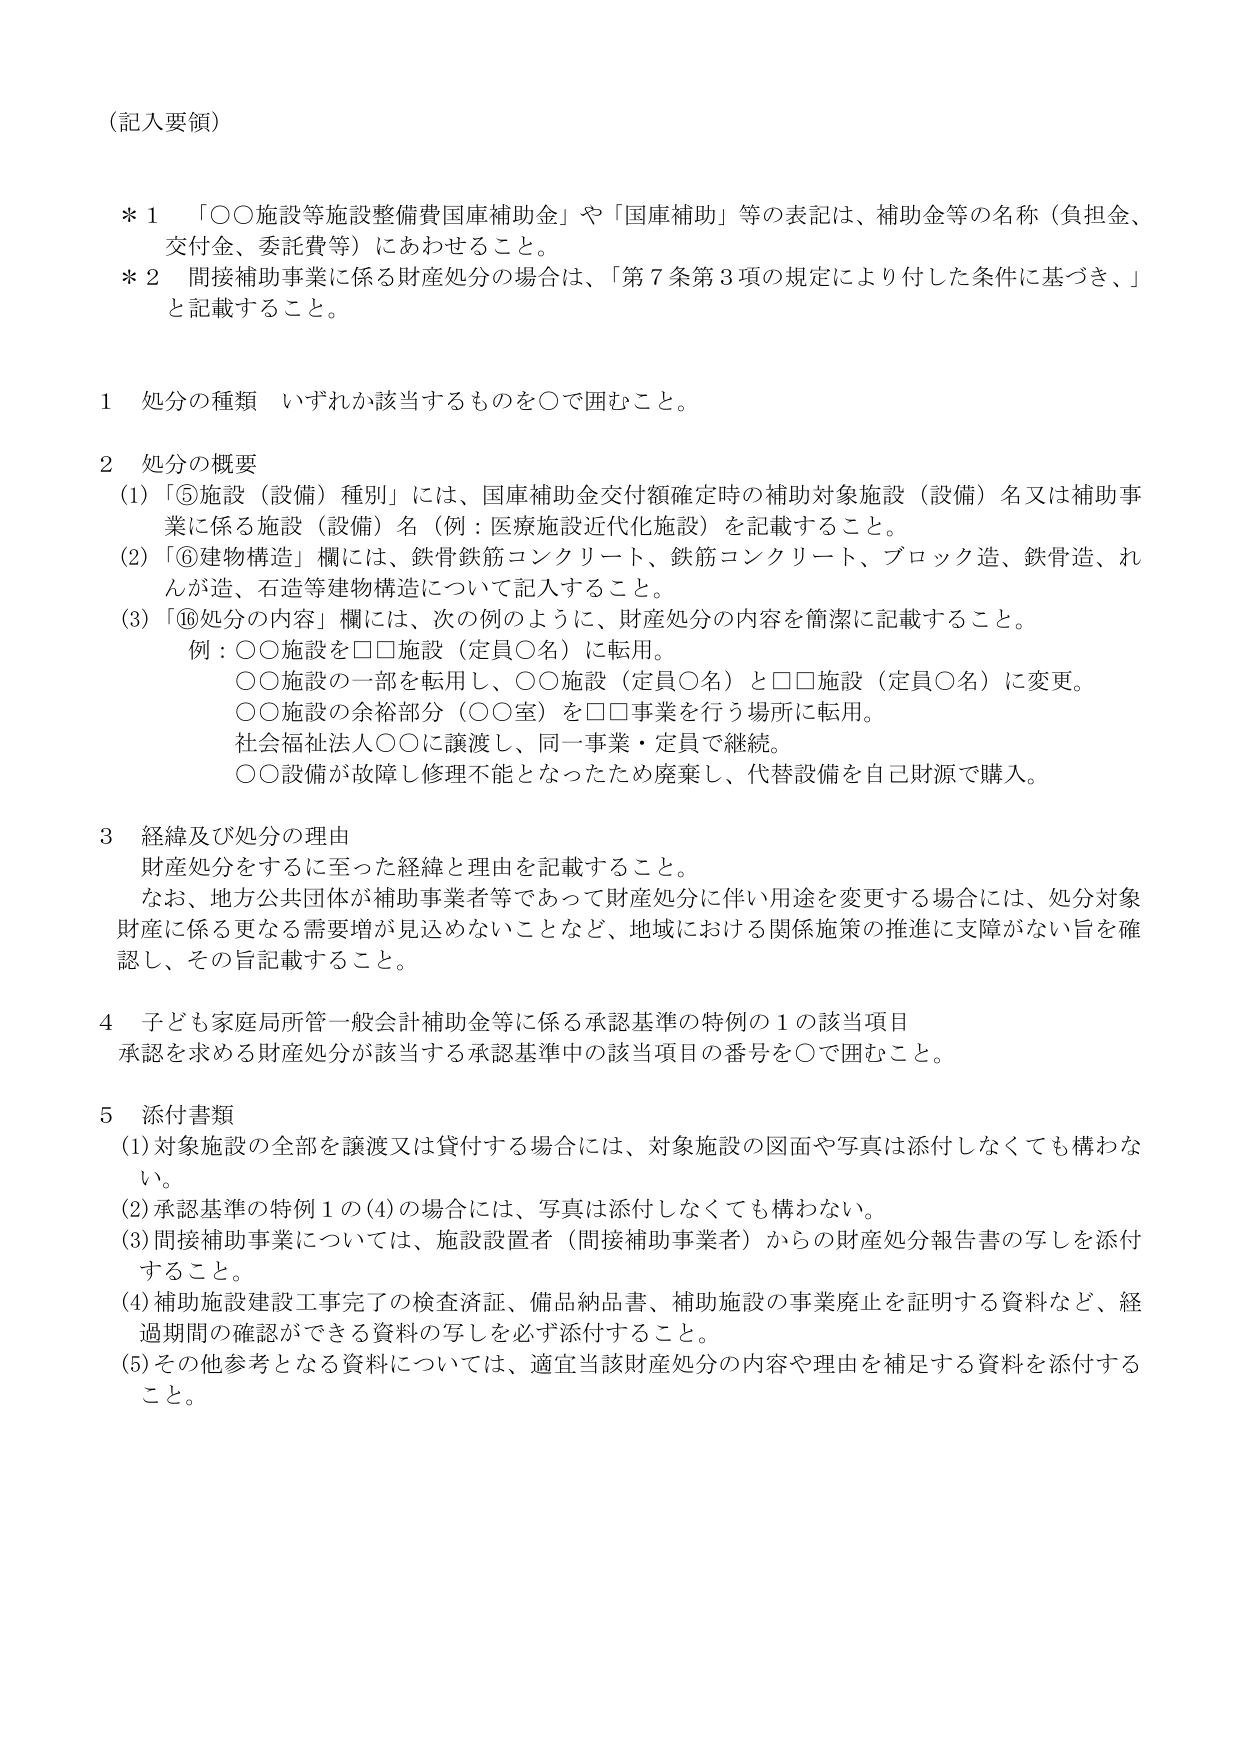
（記入要領）

＊１　「○○施設等施設整備費国庫補助金」や「国庫補助」等の表記は、補助金等の名称（負担金、交付金、委託費等）にあわせること。

＊２　間接補助事業に係る財産処分の場合は、「第７条第３項の規定により付した条件に基づき、」と記載すること。

１　処分の種類　いずれか該当するものを○で囲むこと。

２　処分の概要
　(1)「⑤施設（設備）種別」には、国庫補助金交付額確定時の補助対象施設（設備）名又は補助事業に係る施設（設備）名（例：医療施設近代化施設）を記載すること。
　(2)「⑥建物構造」欄には、鉄骨鉄筋コンクリート、鉄筋コンクリート、ブロック造、鉄骨造、れんが造、石造等建物構造について記入すること。
　(3)「⑩処分の内容」欄には、次の例のように、財産処分の内容を簡潔に記載すること。
　　　例：○○施設を□□施設（定員○名）に転用。
　　　　　○○施設の一部を転用し、○○施設（定員○名）と□□施設（定員○名）に変更。
　　　　　○○施設の余裕部分（○○室）を□□事業を行う場所に転用。
　　　　　社会福祉法人○○に譲渡し、同一事業・定員で継続。
　　　　　○○設備が故障し修理不能となったため廃棄し、代替設備を自己財源で購入。

３　経緯及び処分の理由
　財産処分をするに至った経緯と理由を記載すること。
　なお、地方公共団体が補助事業者等であって財産処分に伴い用途を変更する場合には、処分対象財産に係る更なる需要増が見込めないことなど、地域における関係施策の推進に支障がない旨を確認し、その旨記載すること。

４　子ども家庭局所管一般会計補助金等に係る承認基準の特例の１の該当項目
　承認を求める財産処分が該当する承認基準中の該当項目の番号を○で囲むこと。

５　添付書類
　(1)対象施設の全部を譲渡又は貸付する場合には、対象施設の図面や写真は添付しなくても構わない。
　(2)承認基準の特例１の(4)の場合には、写真は添付しなくても構わない。
　(3)間接補助事業については、施設設置者（間接補助事業者）からの財産処分報告書の写しを添付すること。
　(4)補助施設建設工事完了の検査済証、備品納品書、補助施設の事業廃止を証明する資料など、経過期間の確認ができる資料の写しを必ず添付すること。
　(5)その他参考となる資料については、適宜当該財産処分の内容や理由を補足する資料を添付すること。